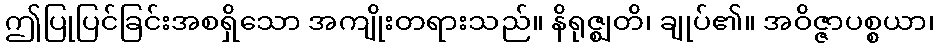
ဤပြုပြင်ခြင်းအစရှိသော အကျိုးတရားသည်။ နိရုဇ္ဈတိ၊ ချုပ်၏။ အဝိဇ္ဇာပစ္စယာ၊